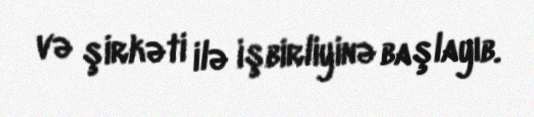
və şirkəti ilə işbirliyinə başlayıb.